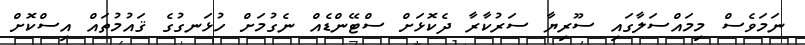
ނަމަވެސް މިމައްސަލާގައި ސޫރިޔާ ސަރުކާރާ ދެކޮޅަށް ސްޓޭންޑެއް ނެގުމަށް ހުޅަނގުގެ ޤައުމުތައް އިސްކޮށް